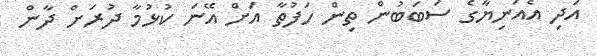
އަދި އެއަނިޔާގެ ސަބަބުން ތިން ހަފުތާ އަށް އޭނަ ކުޅުމާ ދުރަށް ދާން